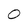
Character: 0